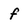
Character: f